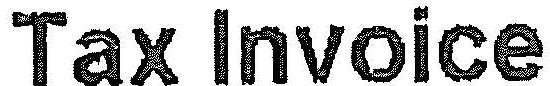
TAX INVOICE